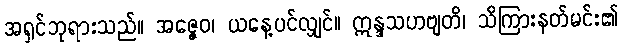
အရှင်ဘုရားသည်။ အဇ္ဇေဝ၊ ယနေ့ပင်လျှင်။ ဣန္ဒသဟဗျတိ၊ သိကြားနတ်မင်း၏